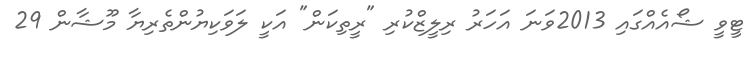
ޓީވީ ޝޯއެއްގައި 2013ވަނަ އަހަރު ރިލީޒްކުރި "ރީތިކަން" އަކީ ލަވަކިޔުންތެރިޔާ މޫޝާން 29